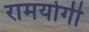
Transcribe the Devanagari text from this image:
रामयोगी